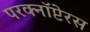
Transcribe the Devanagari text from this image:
परक्नॉप्टेरस